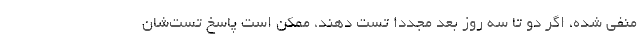
منفی شده، اگر دو تا سه روز بعد مجددا تست دهند، ممکن است پاسخ تست‌شان